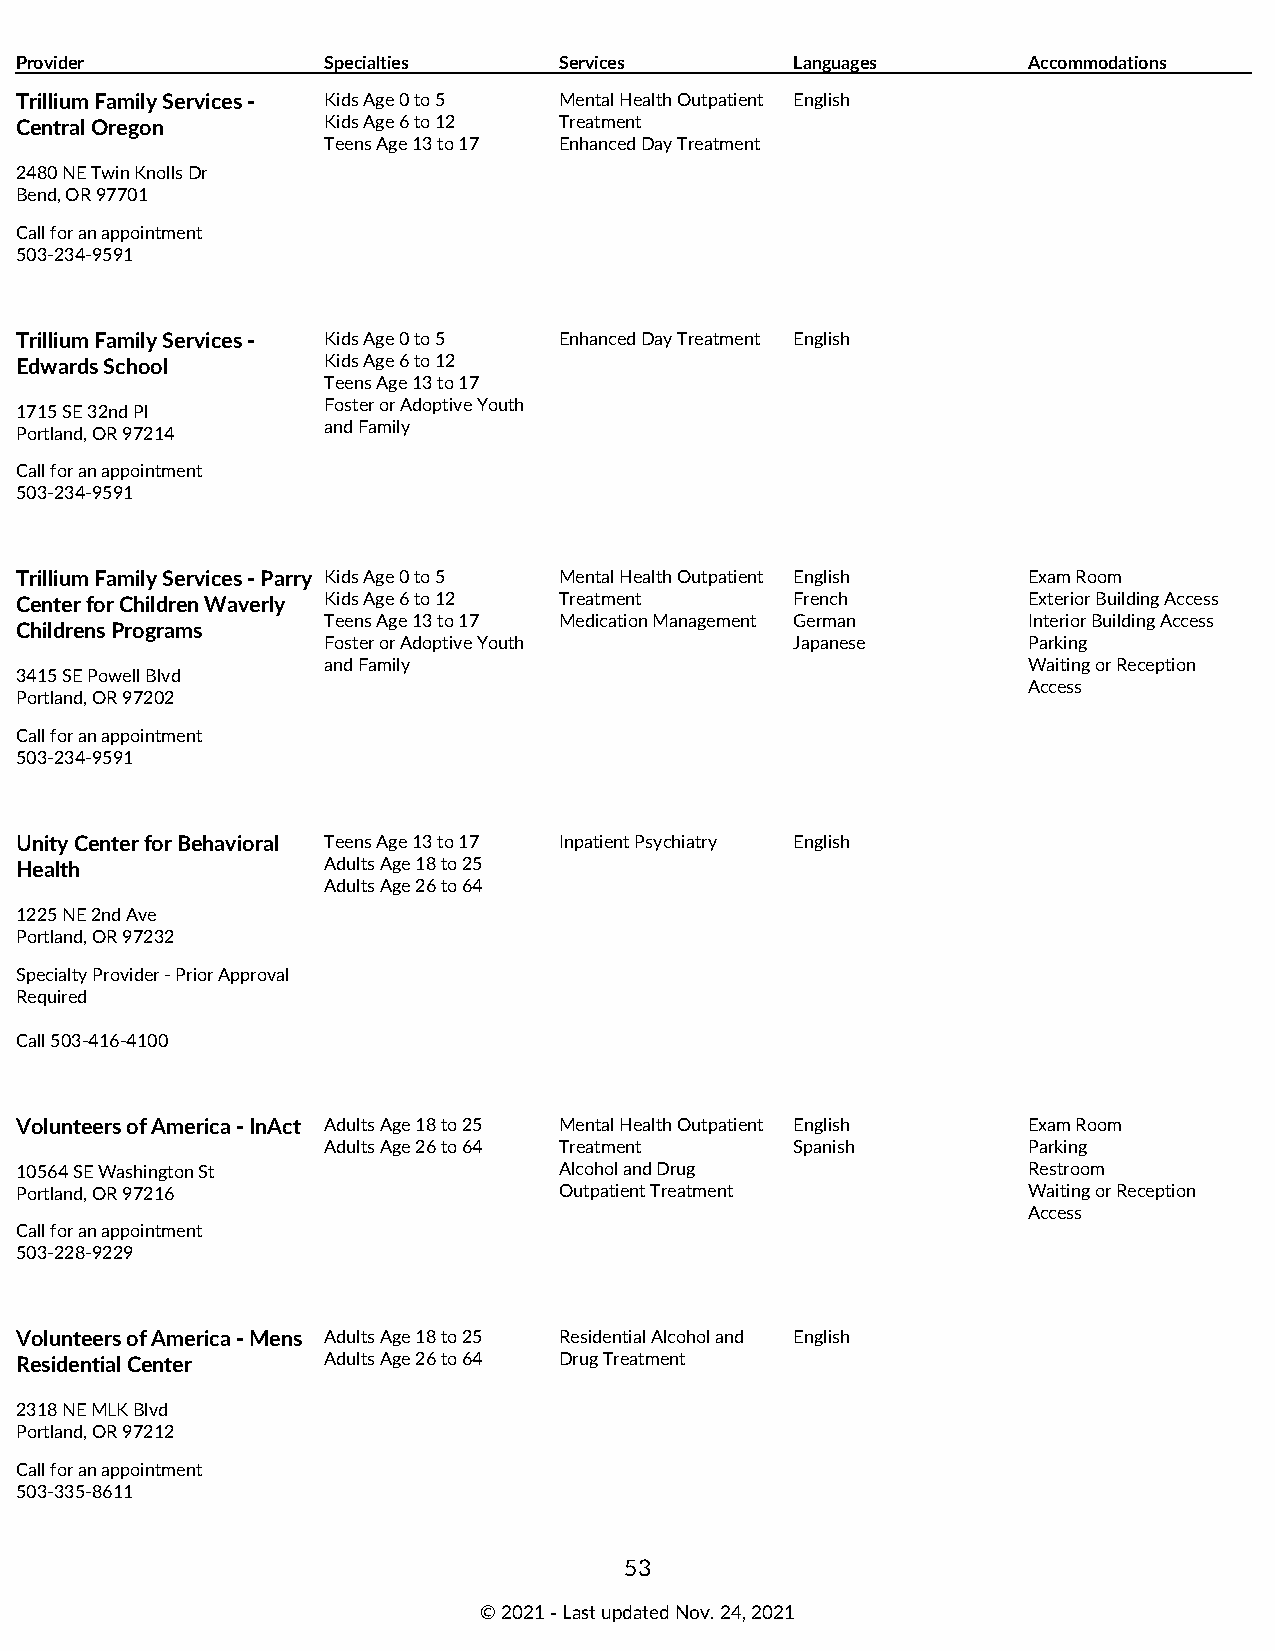
Provider            Specialties     Services        Languages      Accommodations
 Trillium Family Services - Kids Age 0 to 5 Mental Health Outpatient English
 Central Oregon      Kids Age 6 to 12 Treatment
 Teens Age 13 to 17 Enhanced Day Treatment
 2480 NE Twin Knolls Dr
 Bend, OR 97701
 Call for an appointment
 503-234-9591
 Trillium Family Services - Kids Age 0 to 5 Enhanced Day Treatment English
 Edwards School      Kids Age 6 to 12
 Teens Age 13 to 17
 Foster or Adoptive Youth
 1715 SE 32nd Pl
 and Family
 Portland, OR 97214
 Call for an appointment
 503-234-9591
 Trillium Family Services - Parry Kids Age 0 to 5 Mental Health Outpatient English Exam Room
 Center for Children Waverly Kids Age 6 to 12 Treatment French      Exterior Building Access
 Teens Age 13 to 17 Medication Management German Interior Building Access
 Childrens Programs
 Foster or Adoptive Youth        Japanese       Parking
 and Family                                     Waiting or Reception
 3415 SE Powell Blvd
 Access
 Portland, OR 97202
 Call for an appointment
 503-234-9591
 Unity Center for Behavioral Teens Age 13 to 17 Inpatient Psychiatry English
 Health              Adults Age 18 to 25
 Adults Age 26 to 64
 1225 NE 2nd Ave
 Portland, OR 97232
 Specialty Provider - Prior Approval
 Required
 Call 503-416-4100
 Volunteers of America - InAct Adults Age 18 to 25 Mental Health Outpatient English Exam Room
 Adults Age 26 to 64 Treatment   Spanish        Parking
 10564 SE Washington St              Alcohol and Drug               Restroom
 Portland, OR 97216                  Outpatient Treatment           Waiting or Reception
 Access
 Call for an appointment
 503-228-9229
 Volunteers of America - Mens Adults Age 18 to 25 Residential Alcohol and English
 Residential Center  Adults Age 26 to 64 Drug Treatment
 2318 NE MLK Blvd
 Portland, OR 97212
 Call for an appointment
 503-335-8611
 53
 © 2021 ‑ Last updated Nov. 24, 2021